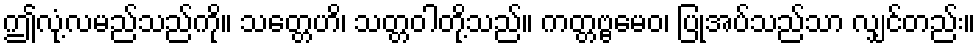
ဤလုံ့လမည်သည်ကို။ သတ္တေဟိ၊ သတ္တဝါတို့သည်။ ကတ္တဗ္ဗမေဝ၊ ပြုအပ်သည်သာ လျှင်တည်း။